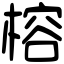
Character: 榕